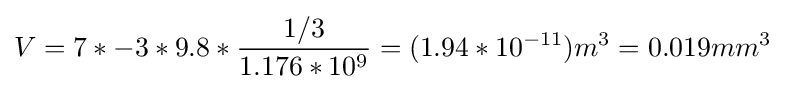
V=7*{-3}*9.8*{\frac {1/3}{1.176*10^{9}}}=(1.94*10^{-11})m^{3}=0.019mm^{3}